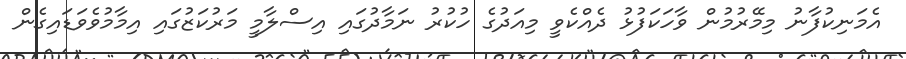
އެމަނިކުފާނު މިމޭރުމުން ވާހަކަފުޅު ދެއްކެވީ މިއަދުގެ ހުކުރު ނަމާދުގައި އިސްލާމީ މަރުކަޒުގައި އިމާމުވެވަޑައިގެން